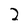
Character: 2